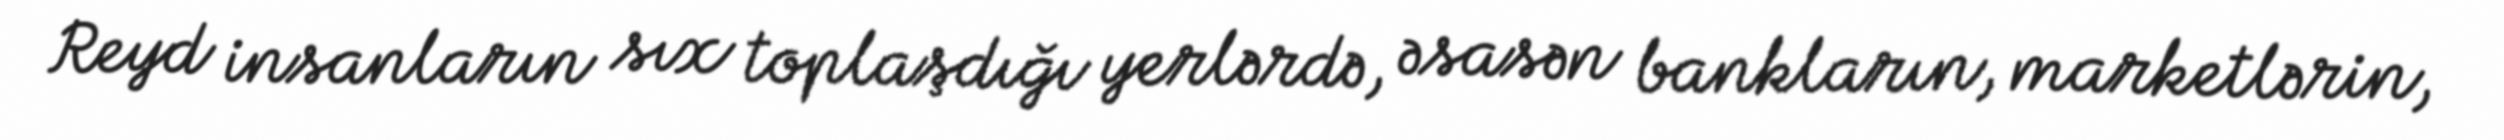
Reyd insanların sıx toplaşdığı yerlərdə, əsasən bankların, marketlərin,